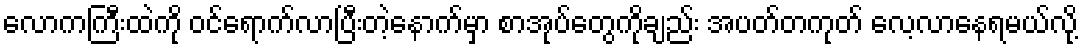
လောကကြီးထဲကို ဝင်ရောက်လာပြီးတဲ့နောက်မှာ စာအုပ်တွေကိုချည်း အပတ်တကုတ် လေ့လာနေရမယ်လို့